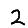
Digit: 2